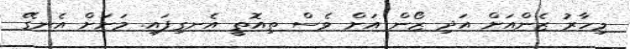
މިހާރު ޒެންއަށް އަދި ޒޯން އަށް ވެސް ތިއޮތީ އެނގިފައި. މަށަށް އެނގޭ